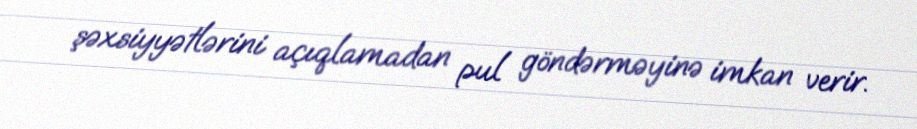
şəxsiyyətlərini açıqlamadan pul göndərməyinə imkan verir.